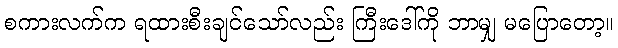
စကားလက်က ရထားစီးချင်သော်လည်း ကြီးဒေါ်ကို ဘာမျှ မပြောတော့။